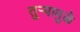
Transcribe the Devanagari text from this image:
तुर्‍यामुळे